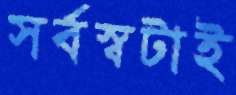
সর্বস্বটাই